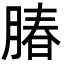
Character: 䐏